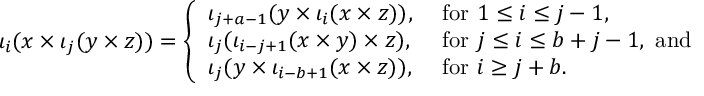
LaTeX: \iota _ { i } ( x \times \iota _ { j } ( y \times z ) ) = \left\{ \begin{array} { l l } { { \iota _ { j + a - 1 } ( y \times \iota _ { i } ( x \times z ) ) , } } & { { \mathrm { ~ f o r ~ } 1 \leq i \leq j - 1 , } } \\ { { \iota _ { j } ( \iota _ { i - j + 1 } ( x \times y ) \times z ) , } } & { { \mathrm { ~ f o r ~ } j \leq i \leq b + j - 1 , \mathrm { ~ a n d } } } \\ { { \iota _ { j } ( y \times \iota _ { i - b + 1 } ( x \times z ) ) , } } & { { \mathrm { ~ f o r ~ } i \geq j + b . } } \end{array} \right.